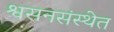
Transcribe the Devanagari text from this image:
श्वसनसंस्थेत